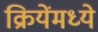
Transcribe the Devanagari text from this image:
क्रियेंमध्ये